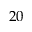
2 0